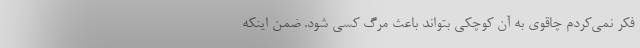
فکر نمی‌کردم چاقوی به آن کوچکی بتواند باعث مرگ کسی شود. ضمن اینکه